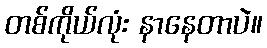
တစ်ကိုယ်လုံး နာနေတာပဲ။